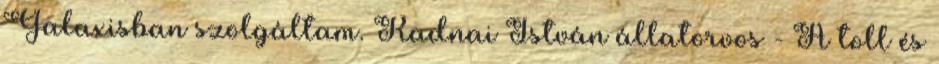
Galaxisban szolgáltam. Radnai István állatorvos - A toll és